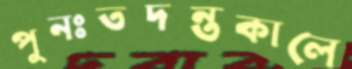
পুনঃতদন্তকালে